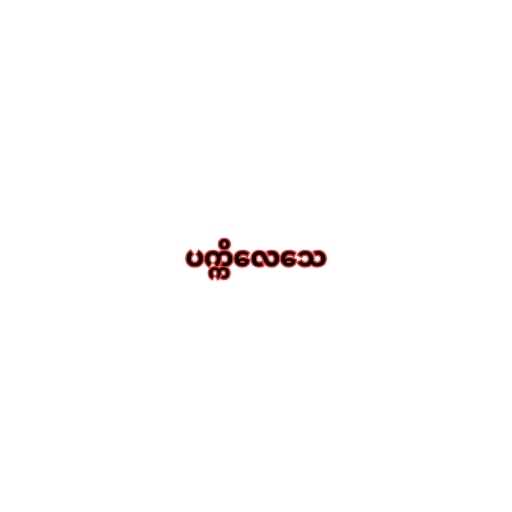
ပက္ကိလေသေ